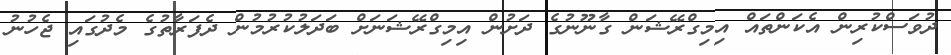
ދުވަސްކުރިން އެކަންތައް އިމިގްރޭޝަން ގާނޫނުގެ ދަށުން އިމިގްރޭޝަނަށް ބަދަލުކުރުމުން ދެފަރާތުގެ މެދުގައި ޖެހުނު